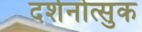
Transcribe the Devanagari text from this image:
दर्शनोत्सुक